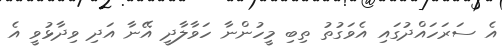
އެ ސަރަހައްދުގައި އެވަގުތު ތިބި މީހުންނާ ހަވާލާދީ އޭނާ އަދި ވިދާޅުވީ އެ